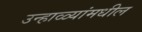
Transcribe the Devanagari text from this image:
उन्हाळ्यांमधील